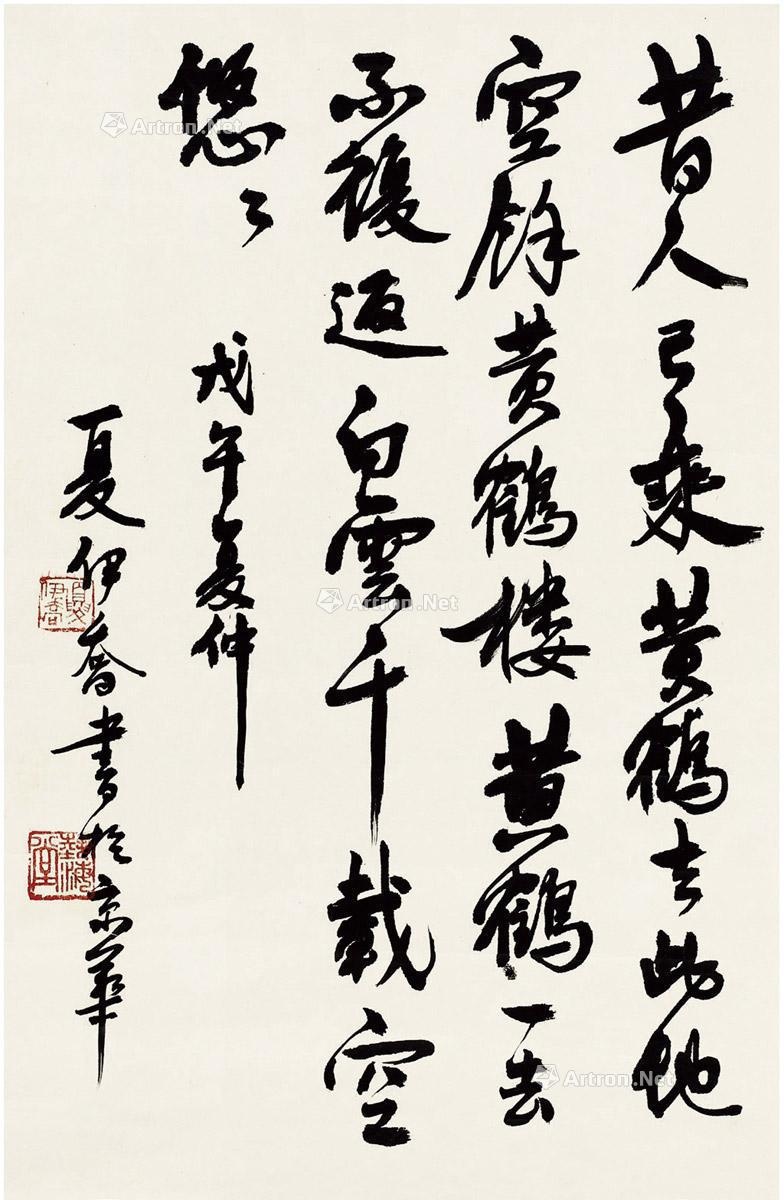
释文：昔人已乘黄鹤去，此地空余黄鹤楼。黄鹤一去不复返，白云千载空悠悠。戊午夏仲，夏伊乔书于京华。